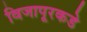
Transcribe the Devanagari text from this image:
विजापूरकडे